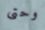
وحتى